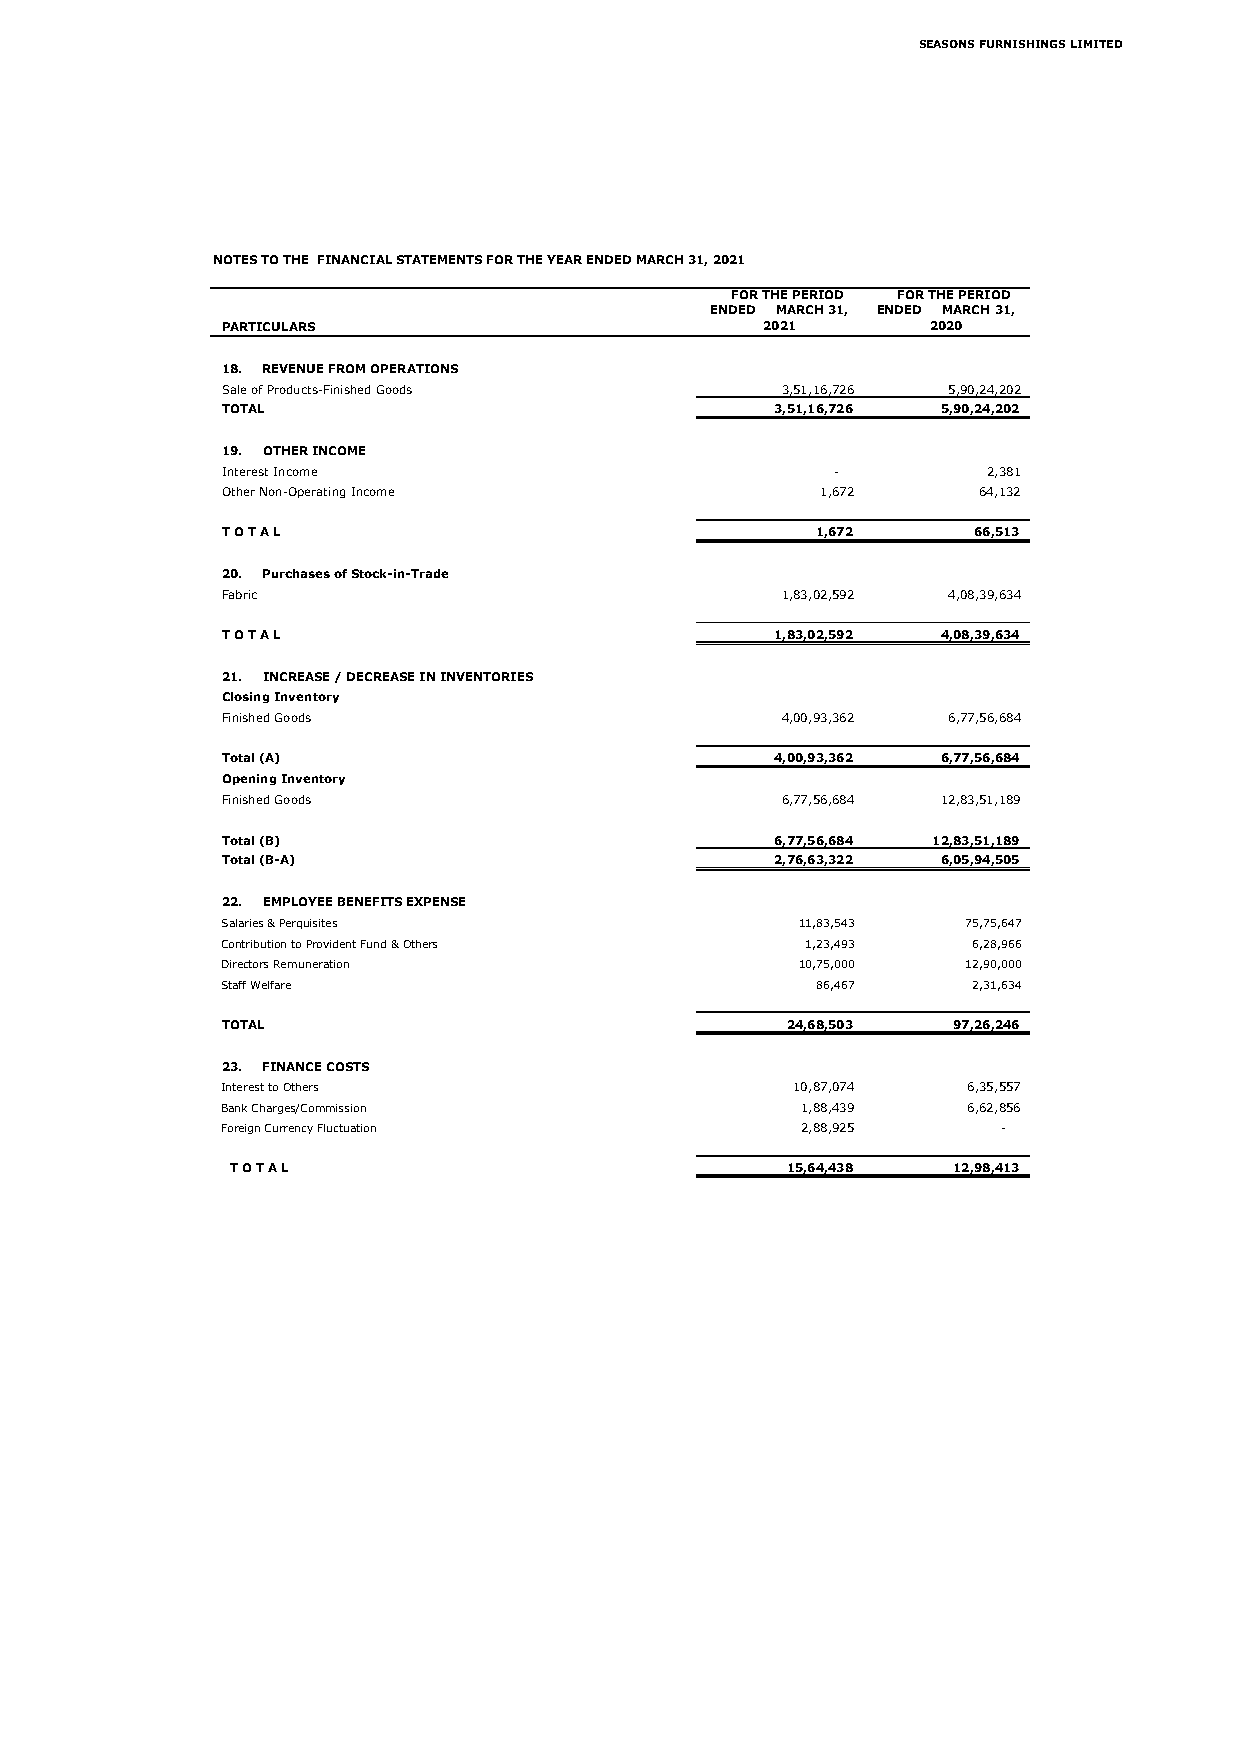
SEASONS FURNISHINGS LIMITED
 NOTES TO THE FINANCIAL STATEMENTS FOR THE YEAR ENDED MARCH 31, 2021
 FOR THE PERIOD FOR THE PERIOD
 ENDED MARCH 31, ENDED MARCH 31,
 PARTICULARS                        2021        2020
 18. REVENUE FROM OPERATIONS
 Sale of Products-Finished Goods      3 ,51,16,726 5 ,90,24,202
 TOTAL                               3 ,51,16,726 5 ,90,24,202
 19. OTHER INCOME
 Interest Income                         -         2 ,381
 Other Non-Operating Income             1 ,672     6 4,132
 T O T A L                              1 ,672    6 6,513
 20. Purchases of Stock-in-Trade
 Fabric                               1 ,83,02,592 4 ,08,39,634
 T O T A L                           1 ,83,02,592 4 ,08,39,634
 21. INCREASE / DECREASE IN INVENTORIES
 Closing Inventory
 Finished Goods                       4,00,93,362 6,77,56,684
 Total (A)                           4,00,93,362 6,77,56,684
 Opening Inventory
 Finished Goods                       6,77,56,684 12,83,51,189
 Total (B)                           6,77,56,684 12,83,51,189
 Total (B-A)                         2 ,76,63,322 6 ,05,94,505
 22. EMPLOYEE BENEFITS EXPENSE
 Salaries & Perquisites                11,83,543  75,75,647
 Contribution to Provident Fund & Others 1,23,493 6,28,966
 Directors Remuneration                10,75,000  12,90,000
 Staff Welfare                          86,467    2 ,31,634
 TOTAL                                2 4,68,503 9 7,26,246
 23. FINANCE COSTS
 Interest to Others                   1 0,87,074  6 ,35,557
 Bank Charges/Commission               1 ,88,439  6 ,62,856
 Foreign Currency Fluctuation          2 ,88,925    -
 T O T A L                            1 5,64,438 1 2,98,413